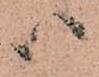
ハ